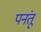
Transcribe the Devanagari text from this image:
पनंतू